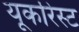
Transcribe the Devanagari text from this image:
यूकरिस्ट